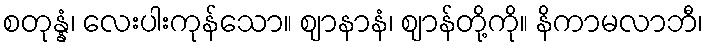
စတုန္နံ၊ လေးပါးကုန်သော။ ဈာနာနံ၊ ဈာန်တို့ကို။ နိကာမလာဘီ၊